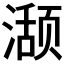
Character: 𬈾